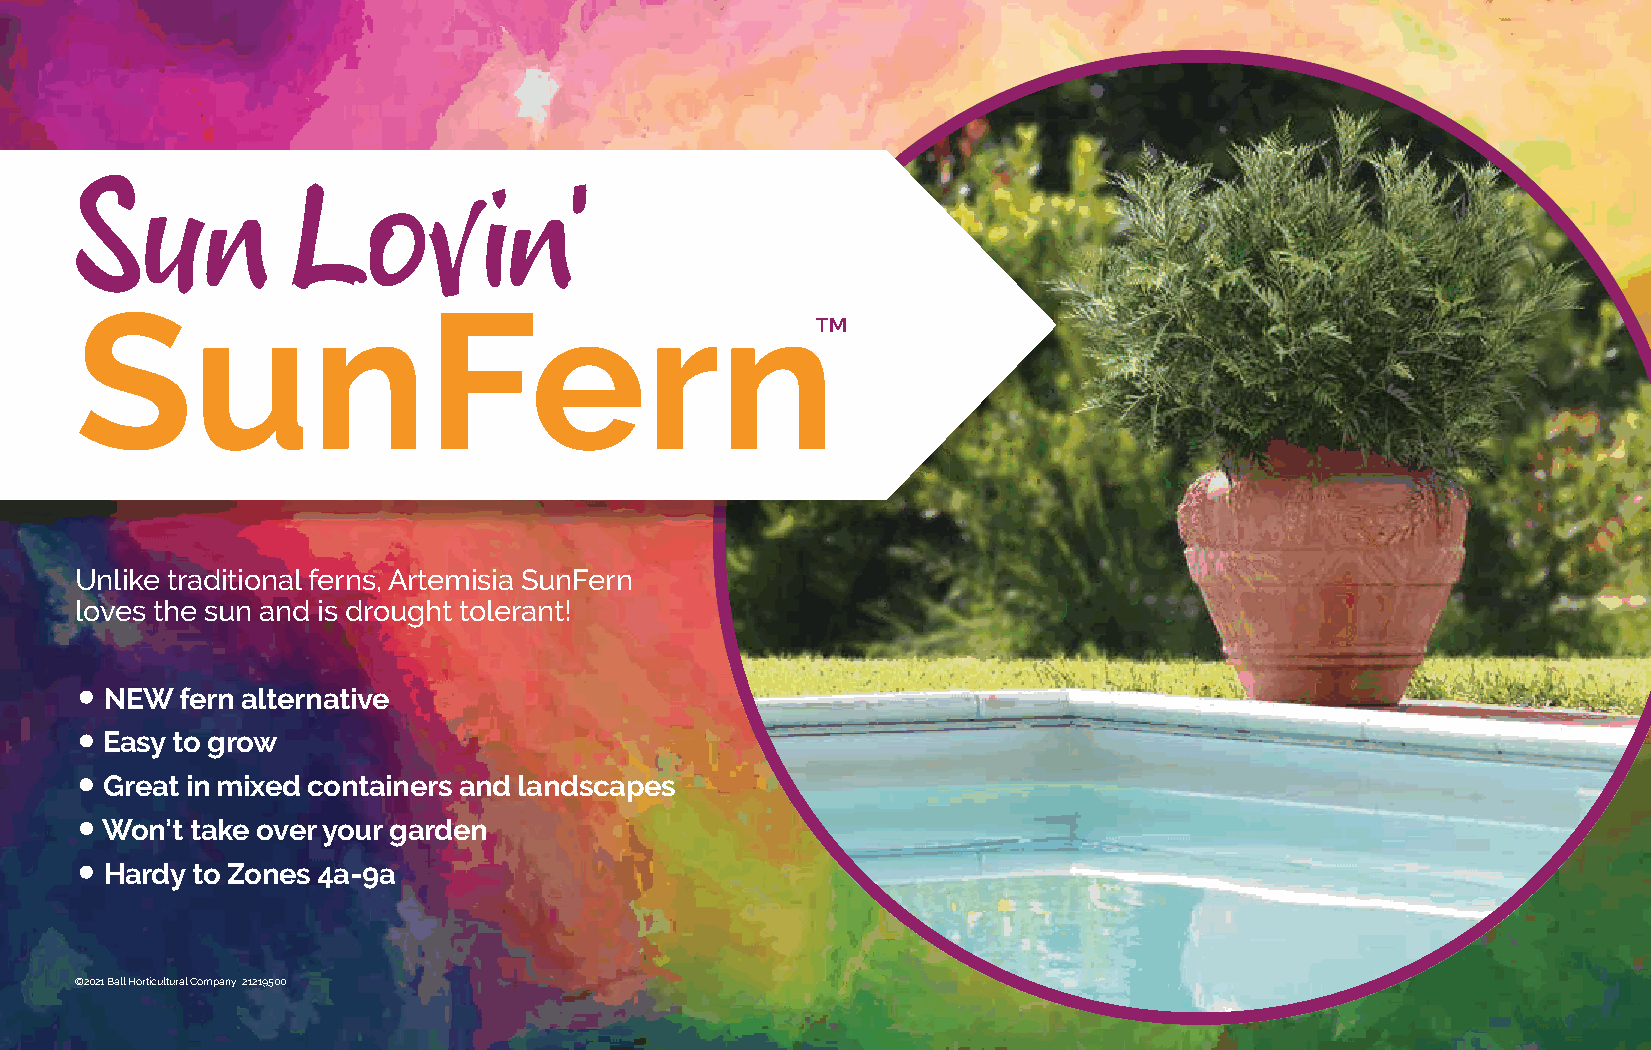
Sun           Lov          in'
 SunFern
 ™
 Unlike traditional ferns, Artemisia SunFern
 loves the sun and is drought tolerant!
 •
 NEW  fern alternative
 •
 Easy to grow
 •
 Great in mixed containers and landscapes
 •
 Won’t take over your garden
 •
 Hardy to Zones 4a-9a
 ©2021 Ball Horticultural Company 21219500